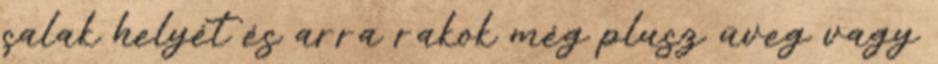
salak helyét és arra rakok még plusz üveg vagy